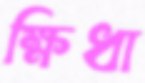
ক্ষিধা